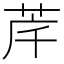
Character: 𮎶